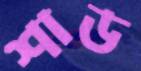
শাড